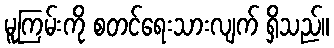
မူကြမ်းကို စတင်ရေးသားလျက် ရှိသည်။